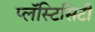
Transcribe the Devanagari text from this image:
प्लॅस्टिसिटी